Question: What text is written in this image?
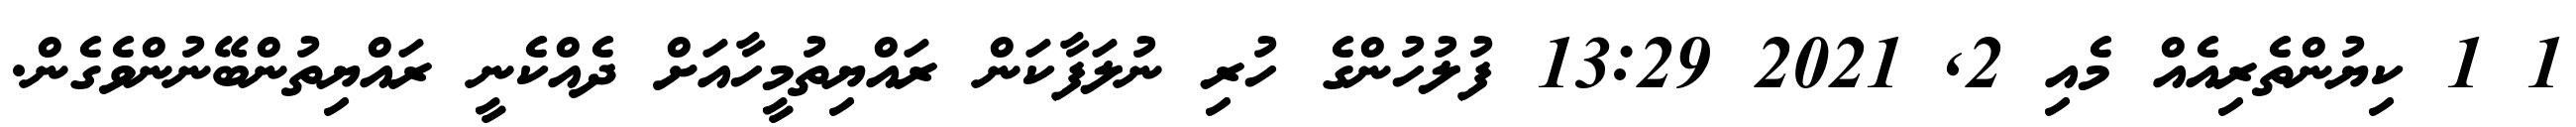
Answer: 1 1 ކިޔުންތެރިއެއް މެއި 2, 2021 13:29 ފުލުހުންގެ ހުރި ނުލަފާކަން ރައްޔިތުމީހާއަށް ދެއްކެނީ ރައްޔިތުންބޭނުންވެގެން.